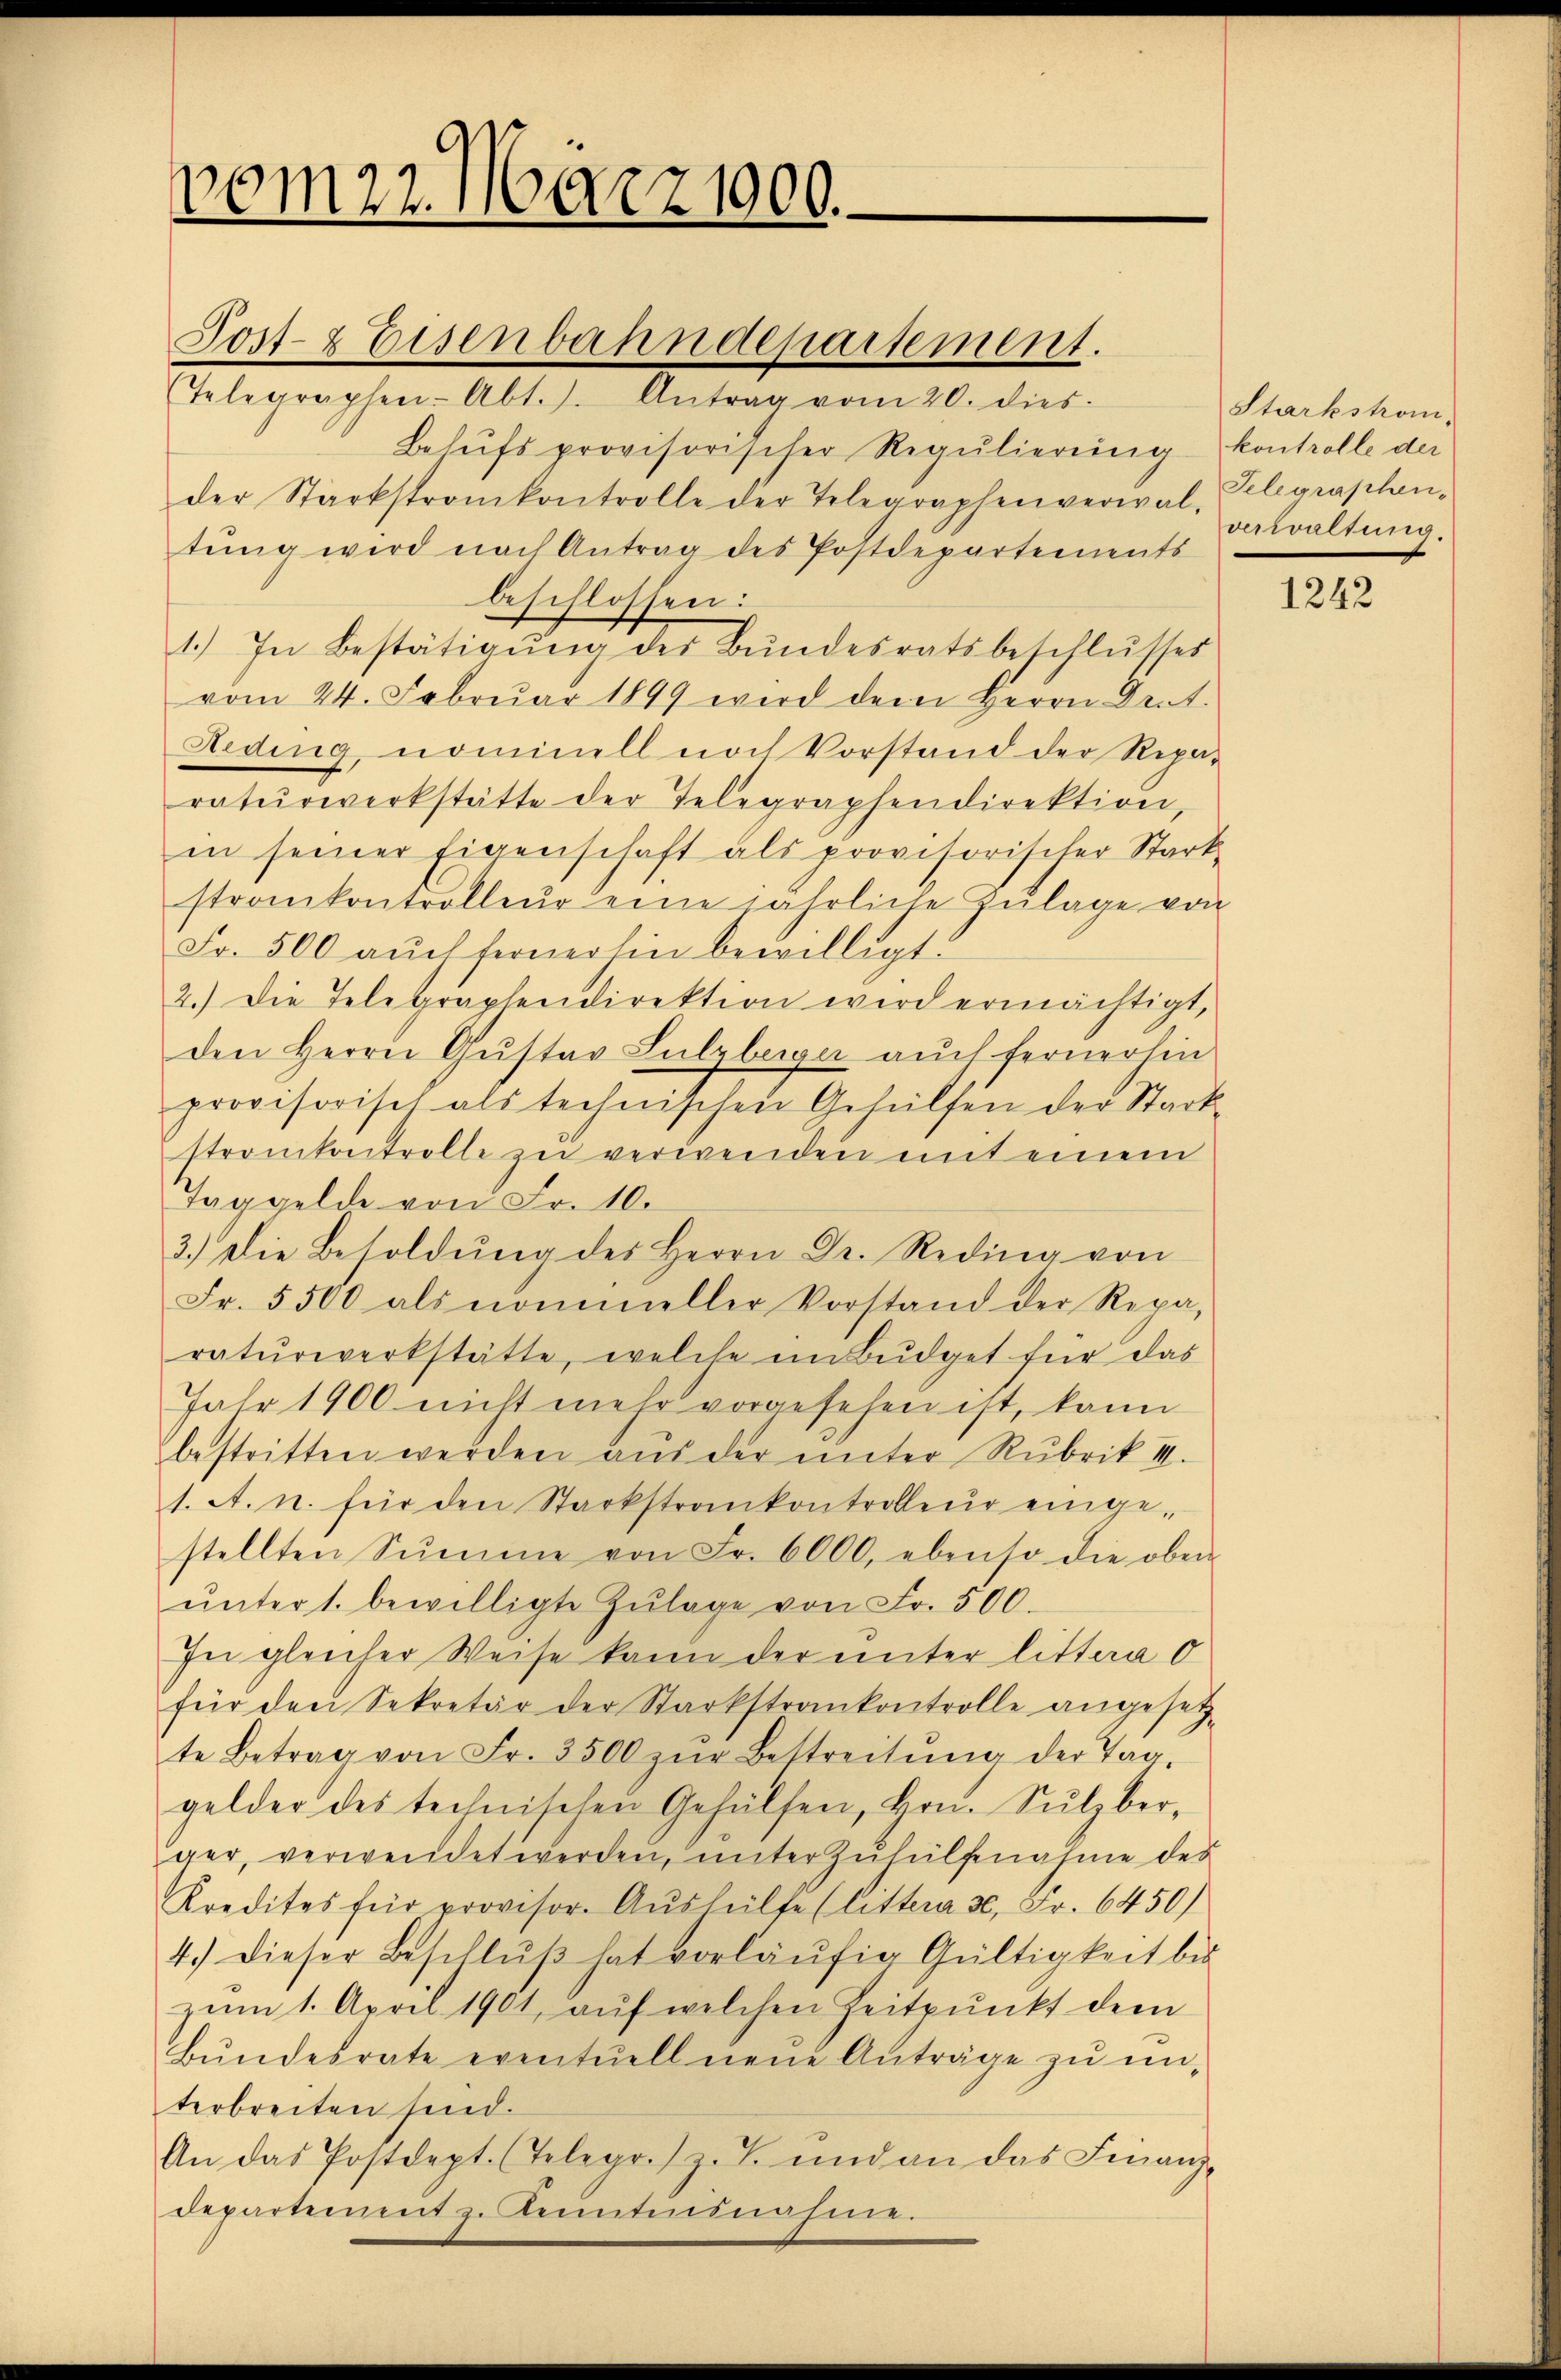
vom 27. März 1000.

Telegraphen-Abt.). Antrag vom 20. dies
Behŭfs provisorischer Regŭlierung kontrolle der
der Stärkstrankontrolle der Telegraphenverwal, Gelegraphen-
tung wird nach Antrag des Postdepartements
beschlossen:
1.) In Bestätigŭng des Bundesratsbeschlŭsses
vom 24. Febrŭar 1899 wird dem Herrn Drit
Reding, nominell nach Vorstand der Repar
raturwerkstätte der Telegraphendirektion,
in seiner Eigenschaft als provisorischer Stark
strankontrolleur eine jährliche Zŭlage von
Fr. 500 aŭch fernerhin bewilligt.
2.) Die Telegraphendirektion wird ermächtigt,
den Herrn Gŭstav Sulzberger auch fernerhin
provisorisch als technischen Gehülfen der Stack-
strankontrolle zu verwenden mit einem
Taggelde von Fr. 10.
3.) Die Besoldŭng des Herrn Dr. Reding von
Fr. 5500 als nommeller Vorstand der Repa
raturwerkstätte, welche im Budget für das
Jahr 1900 nicht mehr vorgesehen ist, kann
bestritten werden aŭs der ŭnter Rubrik III.
1. A. u. für den Stackstrankontrolleur einge-
stellten Sŭmme von Fr. 6000, ebenso die oben
ŭnter 1. bewilligte Zŭlage von Fr. 500.
In gleicher Weise kann der unter littera o
für den Sekretär der Starkstrankontrolle angesetz-
te Betrag von Fr. 3500 zŭr Bestreitŭng der Tag-
gelder des technischen Gehülfen, Hrn. Sulzberger, verwendet werden, unter Zuhülfenahme des
Kredites für provisor. Aŭshülfe (littera 30, Fr. 6450)
4.) Dieser Beschlŭβ hat vorläŭfig Gültigkeit bis
zum 1. April 1901, aŭf welchen Zeitpunkt dem
Bŭndesrate eventuell neŭe Anträge zu un-
terbreiten sind.
An das Postdept. (Telegr. z. T. und an das Finanz-
departement z. Kenntennahme.

Post- & Eisenbahndepartement.

Starkstrom-
dewaltung.

1242